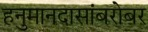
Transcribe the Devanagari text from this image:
हनुमानदासांबरोबर